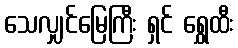
သေလျှင်မြေကြီး ရှင် ရွှေထီး